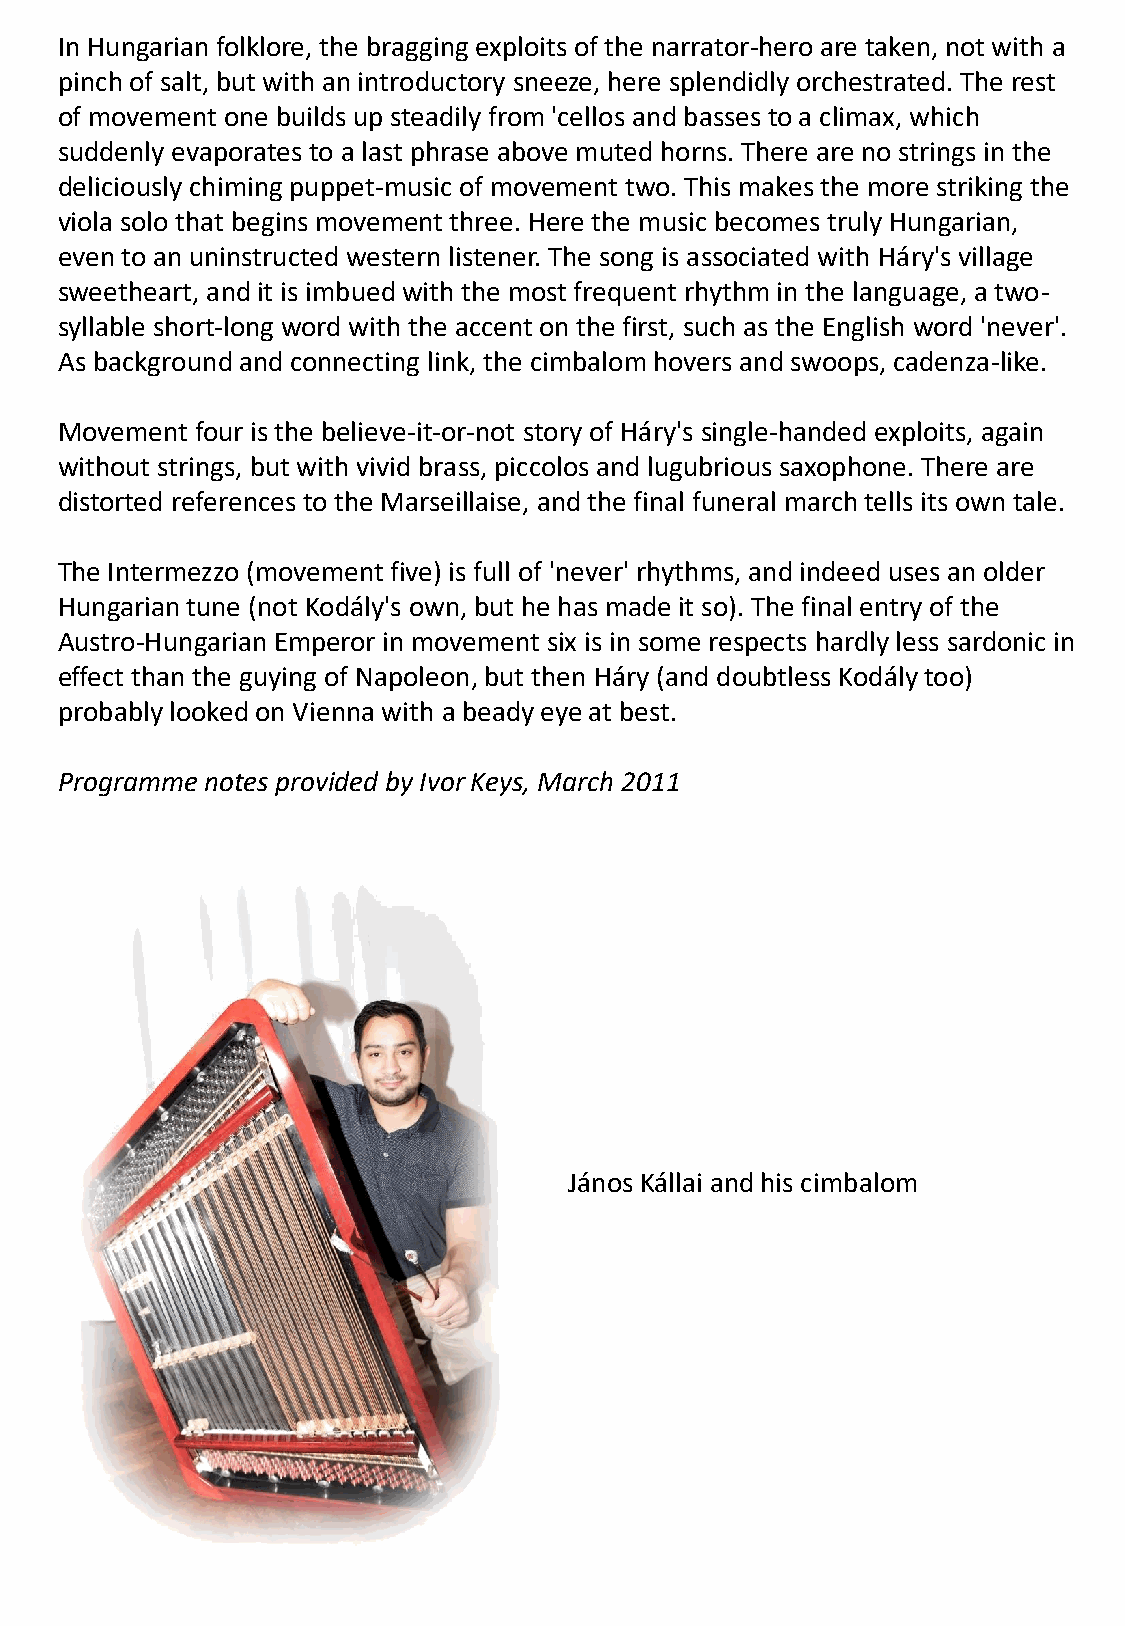
In Hungarian folklore, the bragging exploits of the narrator-hero are taken, not with a
 pinch of salt, but with an introductory sneeze, here splendidly orchestrated. The rest
 of movement one builds up steadily from 'cellos and basses to a climax, which
 suddenly evaporates to a last phrase above muted horns. There are no strings in the
 deliciously chiming puppet-music of movement two. This makes the more striking the
 viola solo that begins movement three. Here the music becomes truly Hungarian,
 even to an uninstructed western listener. The song is associated with Háry's village
 sweetheart, and it is imbued with the most frequent rhythm in the language, a two-
 syllable short-long word with the accent on the first, such as the English word 'never'.
 As background and connecting link, the cimbalom hovers and swoops, cadenza-like.
 Movement four is the believe-it-or-not story of Háry's single-handed exploits, again
 without strings, but with vivid brass, piccolos and lugubrious saxophone. There are
 distorted references to the Marseillaise, and the final funeral march tells its own tale.
 The Intermezzo (movement five) is full of 'never' rhythms, and indeed uses an older
 Hungarian tune (not Kodály's own, but he has made it so). The final entry of the
 Austro-Hungarian Emperor in movement six is in some respects hardly less sardonic in
 effect than the guying of Napoleon, but then Háry (and doubtless Kodály too)
 probably looked on Vienna with a beady eye at best.
 Programme notes provided by Ivor Keys, March 2011
 János Kállai and his cimbalom